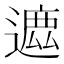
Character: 𨖥